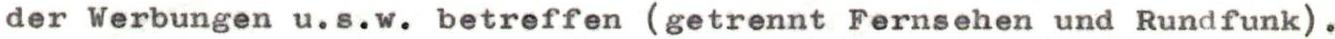
der Werbungen u.s.w. betreffen (getrennt Fernsehen und Rundfunk).